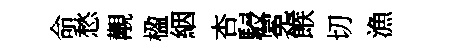
命愁覯楹絪杏駸冕餱切漁